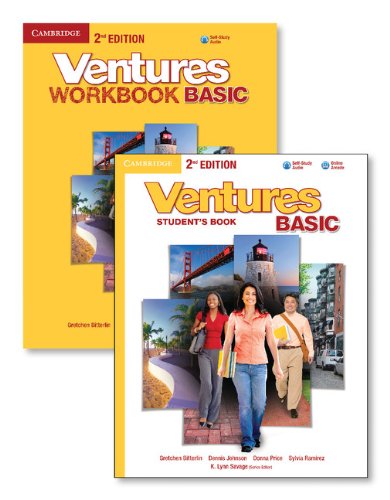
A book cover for Ventures Basic Value Pack (Student's Book with Audio CD and Workbook with Audio CD); Gretchen Bitterlin; Reference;